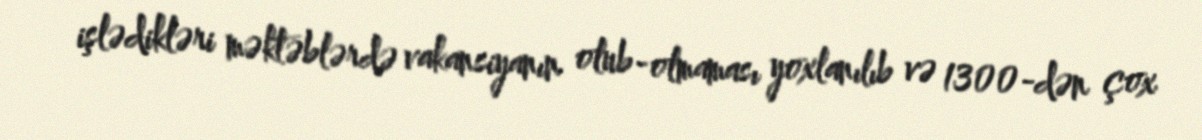
işlədikləri məktəblərdə vakansiyanın olub-olmaması yoxlanılıb və 1300-dən çox